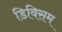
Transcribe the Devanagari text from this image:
डिविसम